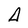
Character: A